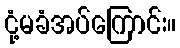
ငုံ့မခံအပ်ကြောင်း။